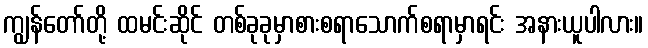
ကျွန်တော်တို့ ထမင်းဆိုင် တစ်ခုခုမှာစားစရာသောက်စရာမှာရင်း အနားယူပါလား။